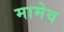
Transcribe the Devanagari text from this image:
मामेव